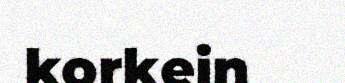
korkein